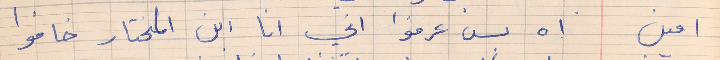
امين      اه بس عرفوا اني انا ابن المختار خافوا